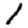
Digit: 1